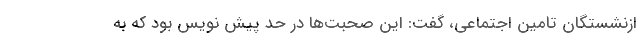
ازنشستگان تامین اجتماعی، گفت: این صحبت‌ها در حد پیش نویس بود که به